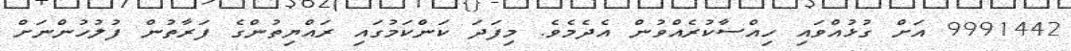
9991442 އަށް ގުޅުއްވައި ހިއްސާކުރެއްވުން އެދެމެވެ. މިފަދަ ކަންކަމުގައި ރައްޔިތުންގެ ފަރާތުން ފުލުހުންނަށް